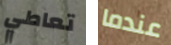
تعاطي عندما